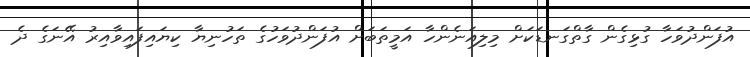
އުފަންދުވަހާ ގުޅިގެން ގާތްގަނޑަކަށް މިލިއަނެންހާ އަމީތަބަށް އުފަންދުވަހުގެ ތަހުނިޔާ ކިޔައިފައިވާއިރު އޭނަގެ ދެ